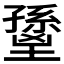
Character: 𡒐